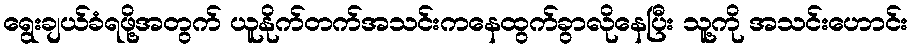
ရွေးချယ်ခံရဖို့အတွက် ယူနိုက်တက်အသင်းကနေထွက်ခွာလိုနေပြီး သူ့ကို အသင်းဟောင်း